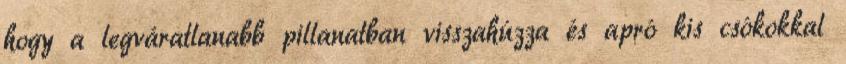
hogy a legváratlanabb pillanatban visszahúzza és apró kis csókokkal